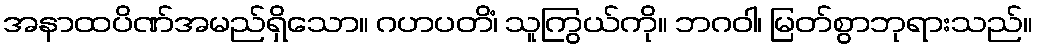
အနာထပိဏ်အမည်ရှိသော။ ဂဟပတိံ၊ သူကြွယ်ကို။ ဘဂဝါ၊ မြတ်စွာဘုရားသည်။